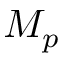
M _ { p }